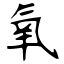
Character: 氧